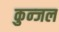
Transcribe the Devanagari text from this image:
कुन्जल